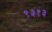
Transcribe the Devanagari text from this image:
९३१३